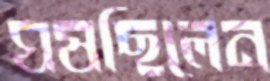
ঘষছিলেন